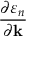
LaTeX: \frac { \partial \varepsilon _ { n } } { \partial \mathbf { k } }